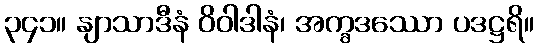
၃၄၁။ နျာသာဒီနံ ဝိဝါဒါနံ၊ အက္ခဒဿော ပဒဋ္ဌရိ။